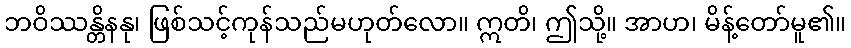
ဘဝိဿန္တိနနု၊ ဖြစ်သင့်ကုန်သည်မဟုတ်လော။ ဣတိ၊ ဤသို့။ အာဟ၊ မိန့်တော်မူ၏။